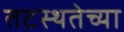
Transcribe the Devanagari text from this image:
तटस्थतेच्या